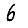
Digit: 6